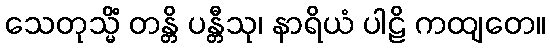
သေတုသ္မိံ တန္တိ ပန္တီသု၊ နာရိယံ ပါဠိ ကထျတေ။